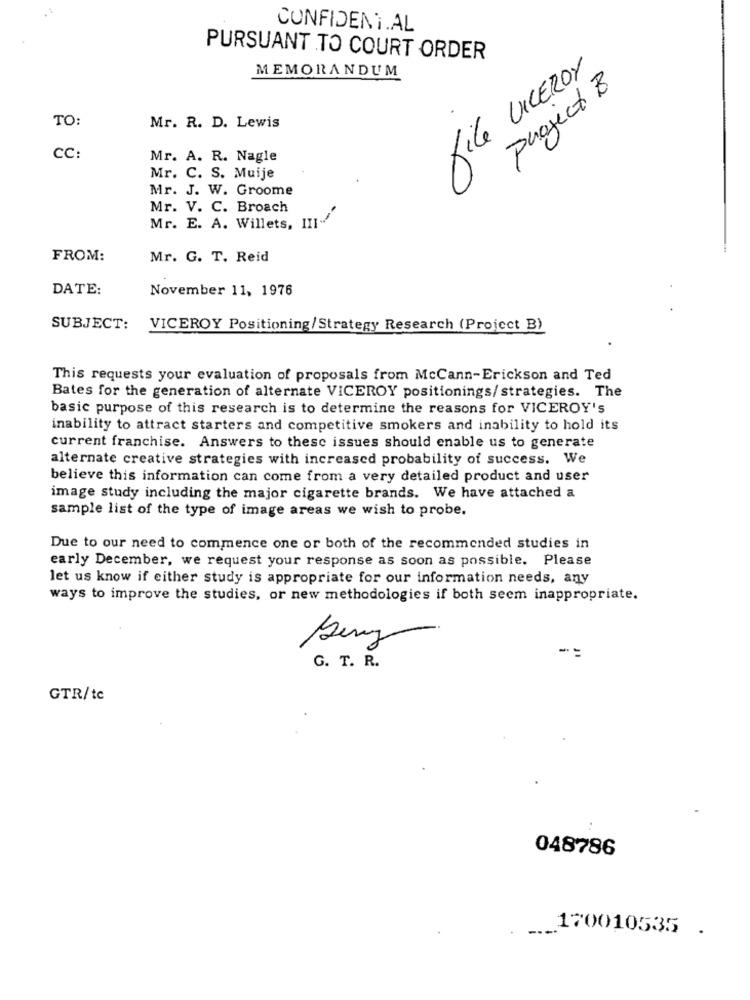
CONFIDEN.AL
PURSUANT TO COURT ORDER
MEMORANDUM
file VICEROY
project B
TO:
Mr. R. D. Lewis
CC:
Mr. A. R. Nagle
Mr. C. S. Muije
Mr. J. W. Groome
Mr. V. C. Broach
Mr. E. A. Willets, III.
FROM:
Mr. G. T. Reid
DATE:
November 11, 1976
SUBJECT:
VICEROY Positioning/Strategy Research (Project B)
This requests your evaluation of proposals from McCann-Erickson and Ted
Bates for the generation of alternate VICEROY positionings/strategies. The
basic purpose of this research is to determine the reasons for VICEROY's
inability to attract starters and competitive smokers and inability to hold its
current franchise. Answers to these issues should enable us to generate
alternate creative strategies with increased probability of success. We
believe this information can come from a very detailed product and user
image study including the major cigarette brands. We have attached a
sample list of the type of image areas we wish to probe.
Due to our need to commence one or both of the recommended studies in
early December, we request your response as soon as possible. Please
let us know if either study is appropriate for our information needs, any
ways to improve the studies, or new methodologies if both seem inappropriate.
-
G. T. R.
GTR/tc
048786
170010535 .